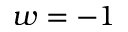
w = - 1